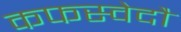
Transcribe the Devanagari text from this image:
कफस्वेदौ